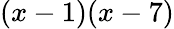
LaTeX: (x-1)(x-7)